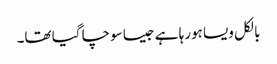
بالکل ویسا ہورہا ہے جیسا سوچا گیا تھا۔